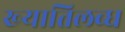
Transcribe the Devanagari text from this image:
ख्‍यातिलब्‍ध